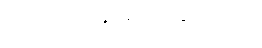
အဲဒါကို အခု ပြောပြချင်တယ်။